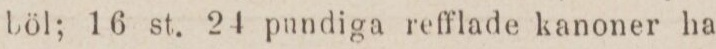
böl; 16 st. 24 pundiga refflade kanoner ha